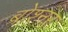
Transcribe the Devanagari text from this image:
ब्रोश्नर